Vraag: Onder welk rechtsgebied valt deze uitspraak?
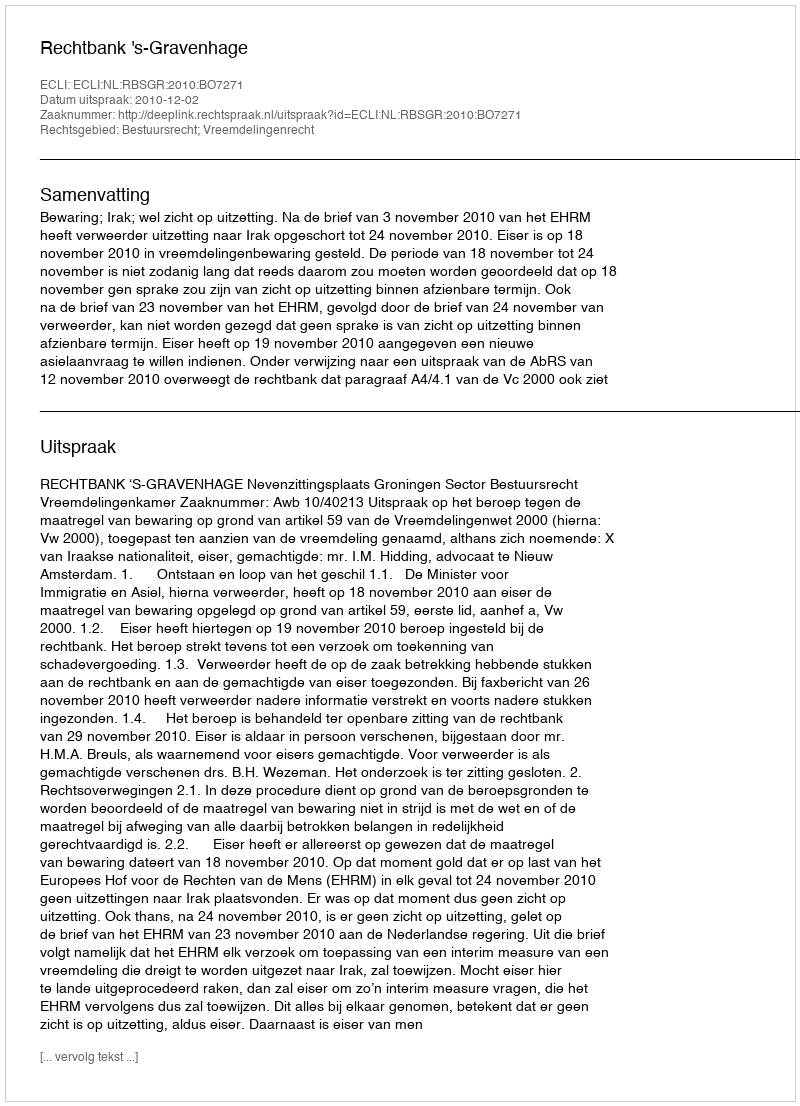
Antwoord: Bestuursrecht; Vreemdelingenrecht